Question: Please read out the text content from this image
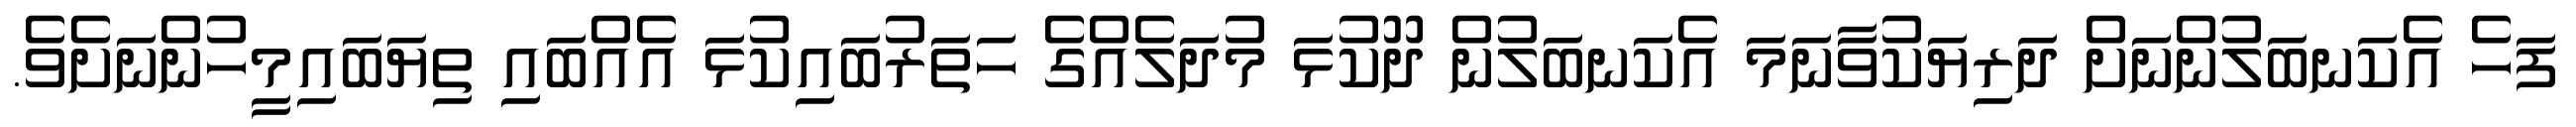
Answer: ފަހެ އެކަނބަލުންނަށް ދަރިޔަކުވާނަމަ އެކަނބަލުން ދޫކުޅަ މުދަލެއްގެ ހަތަރުބައިކުޅަ އެއްބައި ތިޔަބައިމީހުންނަށެވެ.